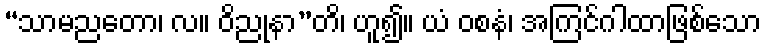
“သာမညတော၊ လ။ ဝိညုနာ”တိ၊ ဟူ၍။ ယံ ဝစနံ၊ အကြင်ဂါထာဖြစ်သော